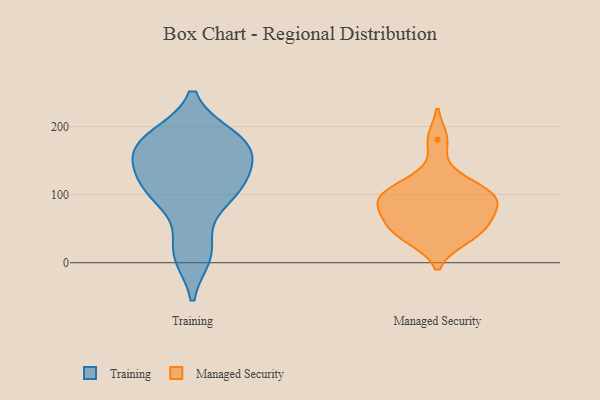
{"axis": {"x": "Net Income (USD K)", "y": "Value"}, "legend": ["Managed Security", "Training"], "data": [{"x": "", "y": 157, "type": "Training"}, {"x": "", "y": 98, "type": "Training"}, {"x": "", "y": 172, "type": "Training"}, {"x": "", "y": 184, "type": "Training"}, {"x": "", "y": 146, "type": "Training"}, {"x": "", "y": 19, "type": "Training"}, {"x": "", "y": 100, "type": "Training"}, {"x": "", "y": 110, "type": "Training"}, {"x": "", "y": 12, "type": "Training"}, {"x": "", "y": 184, "type": "Training"}, {"x": "", "y": 117, "type": "Training"}, {"x": "", "y": 167, "type": "Training"}, {"x": "", "y": 96, "type": "Managed Security"}, {"x": "", "y": 94, "type": "Managed Security"}, {"x": "", "y": 55, "type": "Managed Security"}, {"x": "", "y": 38, "type": "Managed Security"}, {"x": "", "y": 181, "type": "Managed Security"}, {"x": "", "y": 81, "type": "Managed Security"}, {"x": "", "y": 98, "type": "Managed Security"}, {"x": "", "y": 105, "type": "Managed Security"}, {"x": "", "y": 124, "type": "Managed Security"}, {"x": "", "y": 35, "type": "Managed Security"}, {"x": "", "y": 71, "type": "Managed Security"}, {"x": "", "y": 54, "type": "Managed Security"}]}